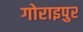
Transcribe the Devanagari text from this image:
गोराइपुर